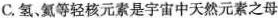
C.氢、氮等轻核元素是宇宙中天然元素之母